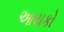
આયકો